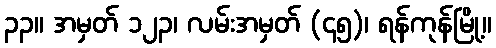
၃၃။ အမှတ် ၁၂၃၊ လမ်းအမှတ် (၄၅)၊ ရန်ကုန်မြို့။